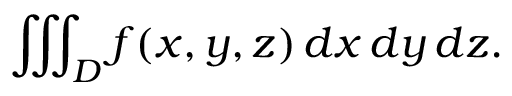
\iiint _ { D } f ( x , y , z ) \, d x \, d y \, d z .